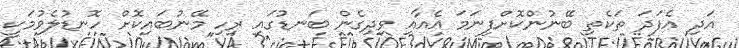
އަދި އެފަދަ ތަކެތި ބޭނުންކޮށްފިނަމަ އެއާއި ވިދިގެން ބަނޑުގައި ރިހި މޭނުބައިކޮށް ހޮނޑުލެވުމަކީ